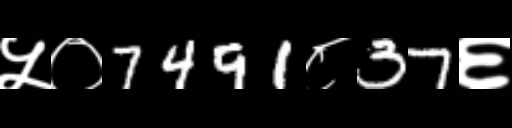
Text: ५०7491८37६